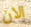
الان